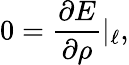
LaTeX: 0=\frac{\partial E}{\partial\rho}|_{\ell},